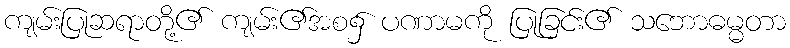
ကျမ်းပြုဆရာတို့၏ ကျမ်း၏အစ၌ ပဏာမကို ပြုခြင်း၏ သဘောဓမ္မတာ